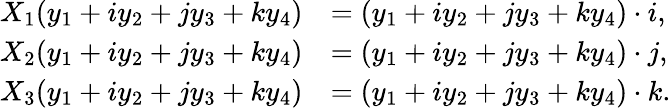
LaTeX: \begin{array}{rl}{X_{1}(y_{1}+iy_{2}+jy_{3}+ky_{4})}&{=(y_{1}+iy_{2}+jy_{3}+ky_{4})\cdot i,}\\ {X_{2}(y_{1}+iy_{2}+jy_{3}+ky_{4})}&{=(y_{1}+iy_{2}+jy_{3}+ky_{4})\cdot j,}\\ {X_{3}(y_{1}+iy_{2}+jy_{3}+ky_{4})}&{=(y_{1}+iy_{2}+jy_{3}+ky_{4})\cdot k.}\end{array}